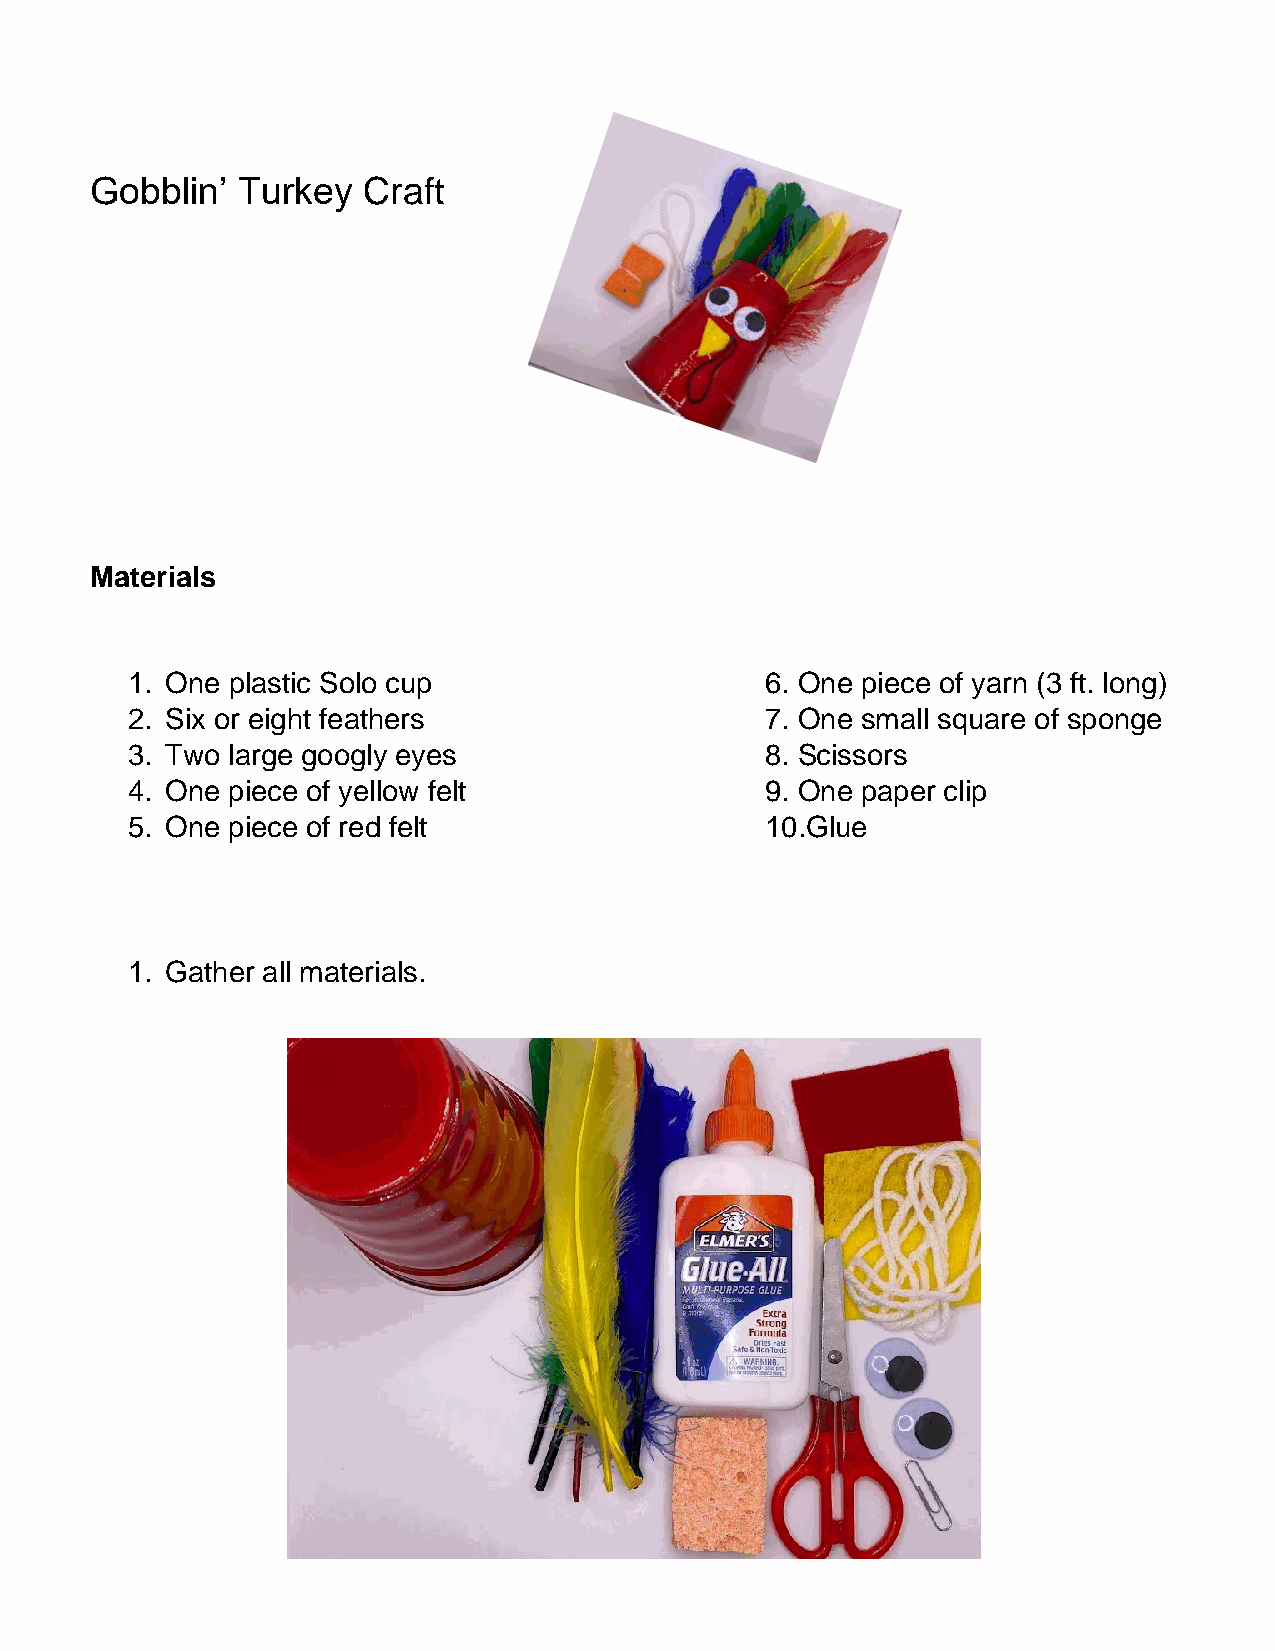
Gobblin’  Turkey  Craft
 Materials
 1. One plastic Solo cup                    6. One piece of yarn (3 ft. long)
 2. Six or eight feathers                   7. One small square of sponge
 3. Two large googly eyes                   8. Scissors
 4. One piece of yellow felt                9. One paper clip
 5. One piece of red felt                   10.Glue
 1. Gather all materials.